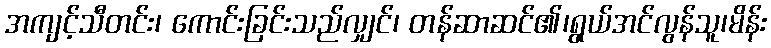
အကျင့်သီတင်း၊ ကောင်းခြင်းသည်လျှင်၊ တန်ဆာဆင်၏၊ရွယ်အင်လွန်သူ၊မိန်း